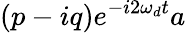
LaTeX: (p-iq)e^{-i2\omega_{d}t}a